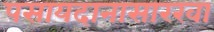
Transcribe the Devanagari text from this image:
पसायदानासारखा